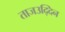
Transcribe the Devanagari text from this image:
ताजउद्दिन